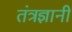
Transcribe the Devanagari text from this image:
तंत्रज्ञानी